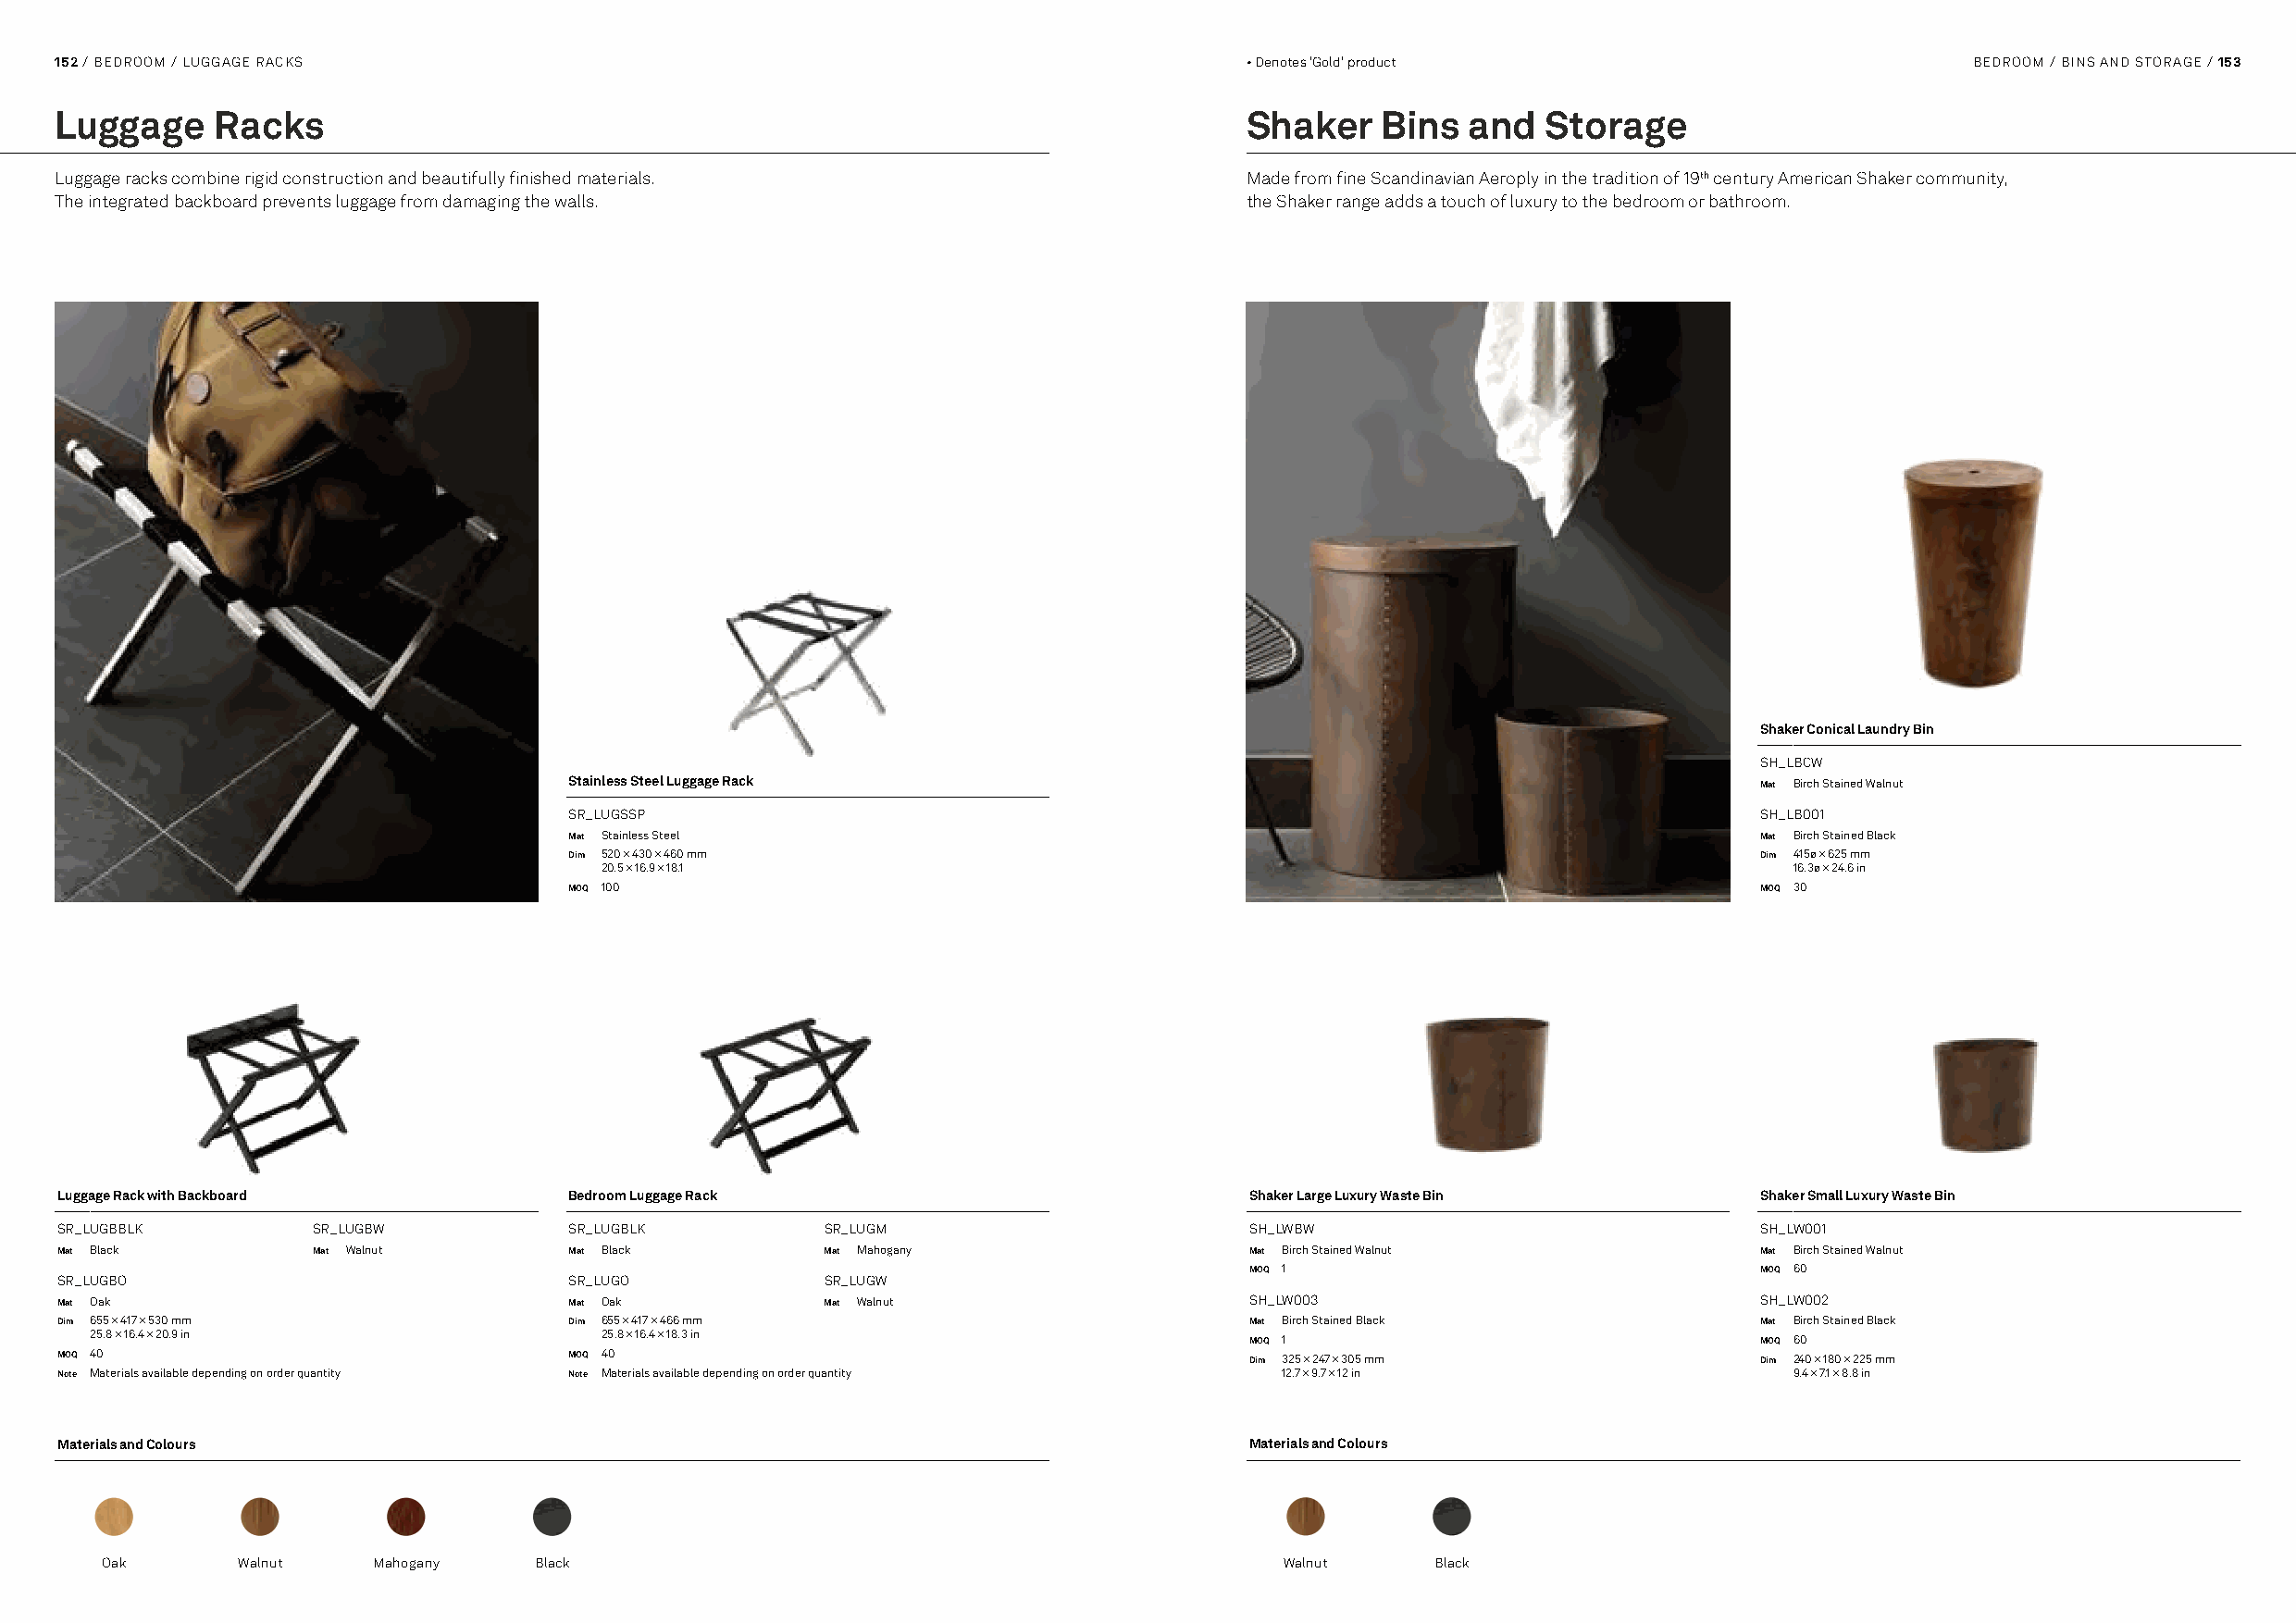
152 / BEDROOM / LUGGAGE RACKS                                                        • Denotes 'Gold' product                            BEDROOM / BINS AND STORAGE / 153
 Luggage    Racks                                                                     Shaker    Bins  and   Storage
 Luggage racks combine rigid construction and beautifully finished materials.         Made from fine Scandinavian Aeroply in the tradition of 19th century American Shaker community,
 The integrated backboard prevents luggage from damaging the walls.                   the Shaker range adds a touch of luxury to the bedroom or bathroom.
 Shaker Conical Laundry Bin
 SH_LBCW
 Stainless Steel Luggage Rack                                                         Mat Birch Stained Walnut
 SR_LUGSSP                                                                            SH_LB001
 Mat Stainless Steel                                                                  Mat Birch Stained Black
 Dim 520 × 430 × 460 mm                                                               Dim 415ø × 625 mm
 20.5 × 16.9 × 18.1                                                                   16.3ø × 24.6 in
 MOQ 100                                                                              MOQ 30
 Luggage Rack with Backboard          Bedroom Luggage Rack                            Shaker Large Luxury Waste Bin        Shaker Small Luxury Waste Bin
 SR_LUGBBLK        SR_LUGBW           SR_LUGBLK         SR_LUGM                       SH_LWBW                              SH_LW001
 Mat Black         Mat Walnut         Mat Black         Mat Mahogany                  Mat Birch Stained Walnut             Mat Birch Stained Walnut
 MOQ 1                                MOQ 60
 SR_LUGBO                             SR_LUGO           SR_LUGW
 Mat Oak                              Mat Oak           Mat Walnut                    SH_LW003                             SH_LW002
 Dim 655 × 417 × 530 mm               Dim 655 × 417 × 466 mm                          Mat Birch Stained Black              Mat Birch Stained Black
 25.8 × 16.4 × 20.9 in                25.8 × 16.4 × 18.3 in                         MOQ 1                                MOQ 60
 MOQ 40                               MOQ 40                                          Dim 325 × 247 × 305 mm               Dim 240 × 180 × 225 mm
 Note Materials available depending on order quantity Note Materials available depending on order quantity 12.7 × 9.7 × 12 in 9.4 × 7.1 × 8.8 in
 Materials and Colours                                                                Materials and Colours
 Oak       Walnut    Mahogany   Black                                                 Walnut     Black